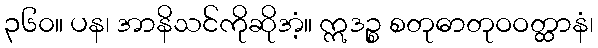
၃၆၀။ ပန၊ အာနိသင်ကိုဆိုအံ့။ ဣဒဉ္စ စတုဓာတုဝဝတ္ထာနံ၊